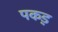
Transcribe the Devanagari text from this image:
पकड़़